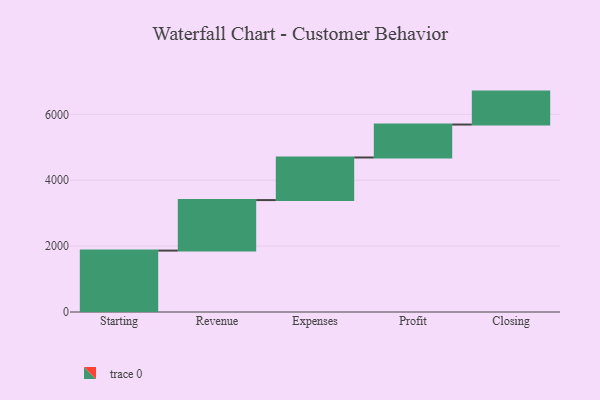
{"axis": {"x": "Step", "y": "Value"}, "legend": [""], "data": [{"x": "Starting", "y": 1864.0, "type": ""}, {"x": "Revenue", "y": 1533.0, "type": ""}, {"x": "Expenses", "y": 1293.0, "type": ""}, {"x": "Profit", "y": 1000, "type": ""}, {"x": "Closing", "y": 1000, "type": ""}]}